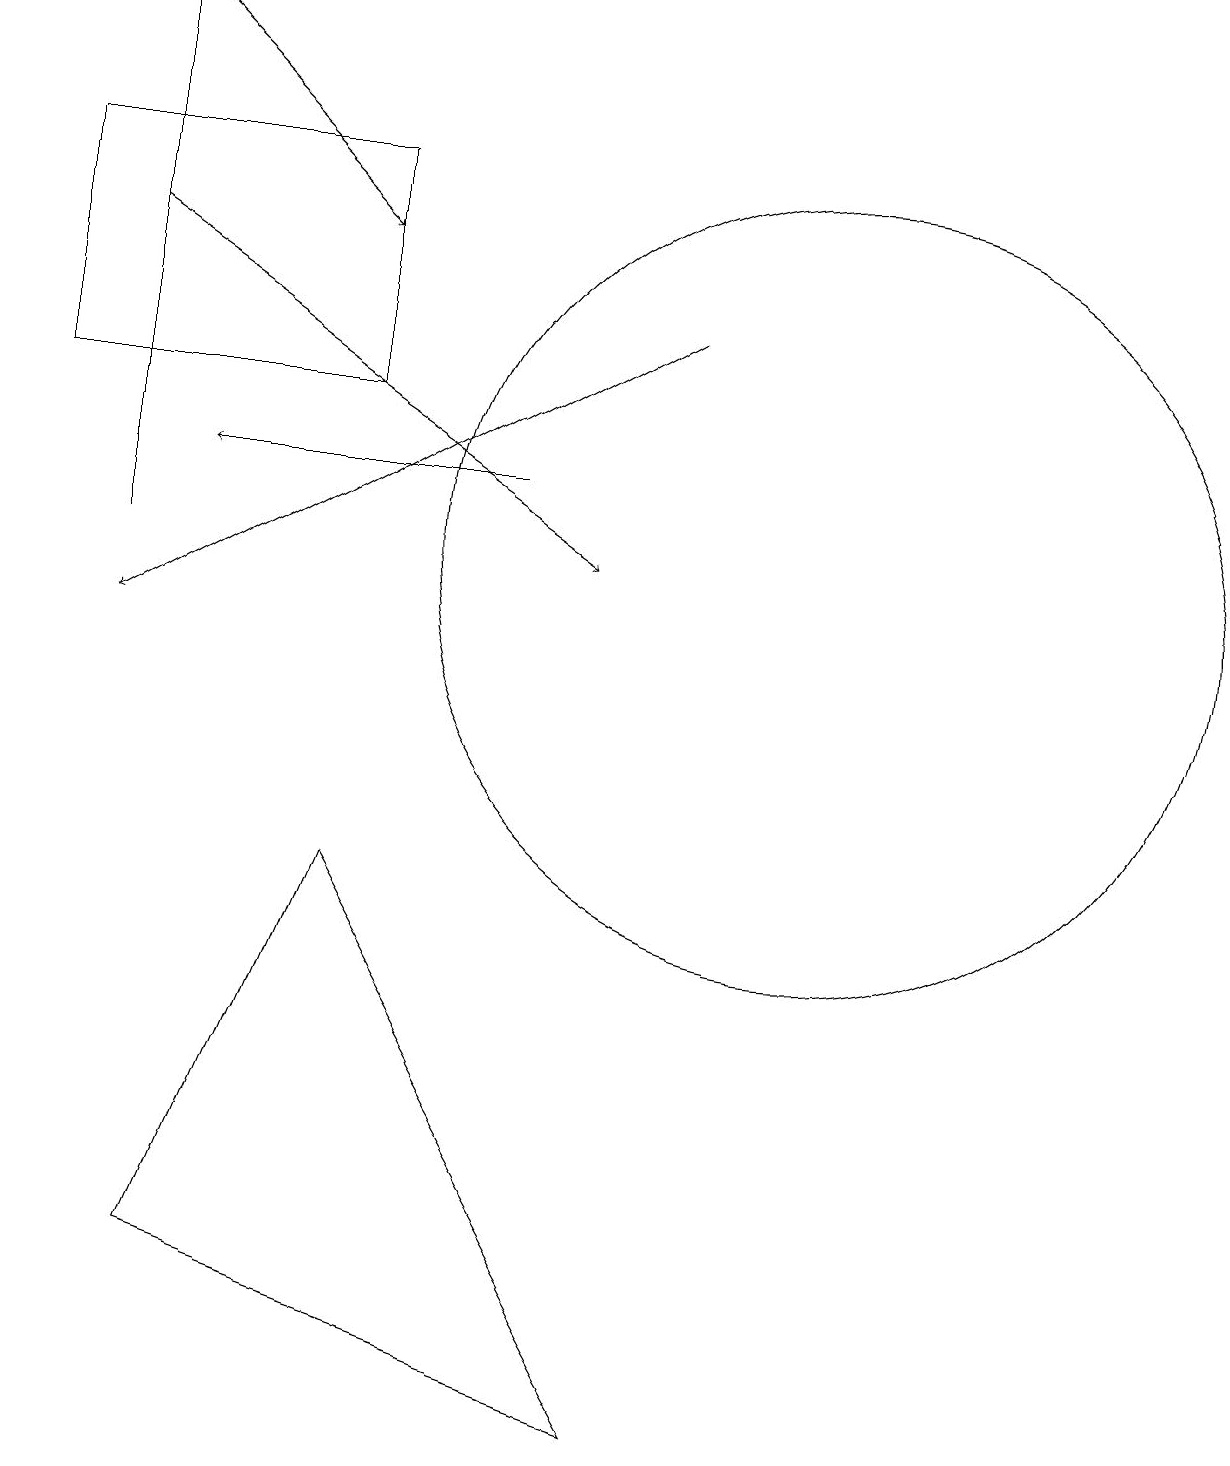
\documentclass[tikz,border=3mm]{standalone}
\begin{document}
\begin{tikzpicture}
\draw (4,16) rectangle (0,13);
\draw[->] (6,12) -- (2,12);
\draw[->] (1,15) -- (7,11);
\draw[->] (8,14) -- (1,10);
\draw (8,0) -- (2,2) -- (4,7) -- cycle;
\draw[->] (1,11) -- (1,18);
\draw (10,11) circle (5);
\draw[->] (1,18) -- (4,15);
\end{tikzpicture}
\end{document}